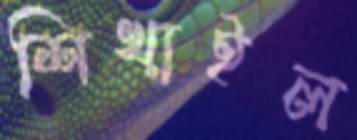
শিখাইল